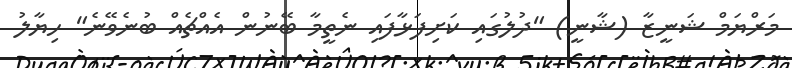
މަރްޔަމް ޝަނީޒާ (ޝާނީ) "ދުލުގައި ކަށިފަޅާފައި ނެތީމާ ބޭނުން އެއްޗެއް ބުނެވޭނެ" ހިޔާލު